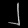
Digit: ၂